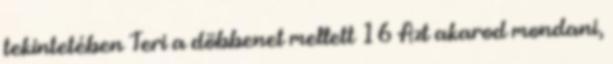
tekintetében Teri a döbbenet mellett 16 Azt akarod mondani,